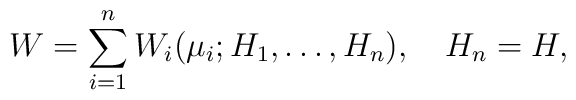
W=\sum_{i=1}^nW_i({\mu}_i;H_1,\ldots,H_n),\quad H_n=H,